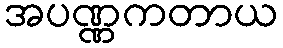
အပဏ္ဏကတာယ